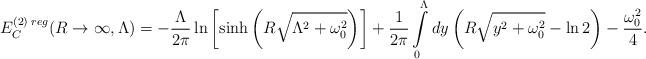
LaTeX: \begin{align*}E_C^{(2)\;reg}(R\to\infty,\Lambda)=-\frac{\Lambda}{2\pi}\ln\left[\sinh\left(R\sqrt{\Lambda^2+\omega_0^2}\right)\right]+\frac{1}{2\pi}\int\limits_{0}^{\Lambda}dy\left(R\sqrt{y^2+\omega_0^2}-\ln 2\right)-\frac{\omega_0^2}{4}.\end{align*}